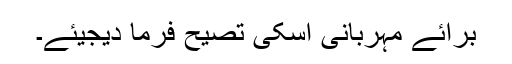
برائے مہربانی اسکی تصیح فرما دیجیئے۔